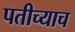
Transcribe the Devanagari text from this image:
पतीच्याच